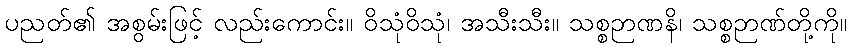
ပညတ်၏ အစွမ်းဖြင့် လည်းကောင်း။ ဝိသုံဝိသုံ၊ အသီးသီး။ သစ္စဉာဏနိ၊ သစ္စဉာဏ်တို့ကို။